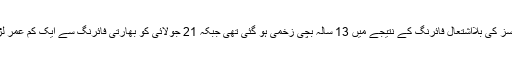
واضح رہے کہ اس سے قبل 31 جولائی کو بھی بھارتی فورسز کی بلااشتعال فائرنگ کے نتیجے میں 13 سالہ بچی زخمی ہو گئی تھی جبکہ 21 جولائی کو بھارتی فائرنگ سے ایک کم عمر لڑکا شہید اور اس کے خاندان کے تین افراد زخمی ہوئے تھے۔